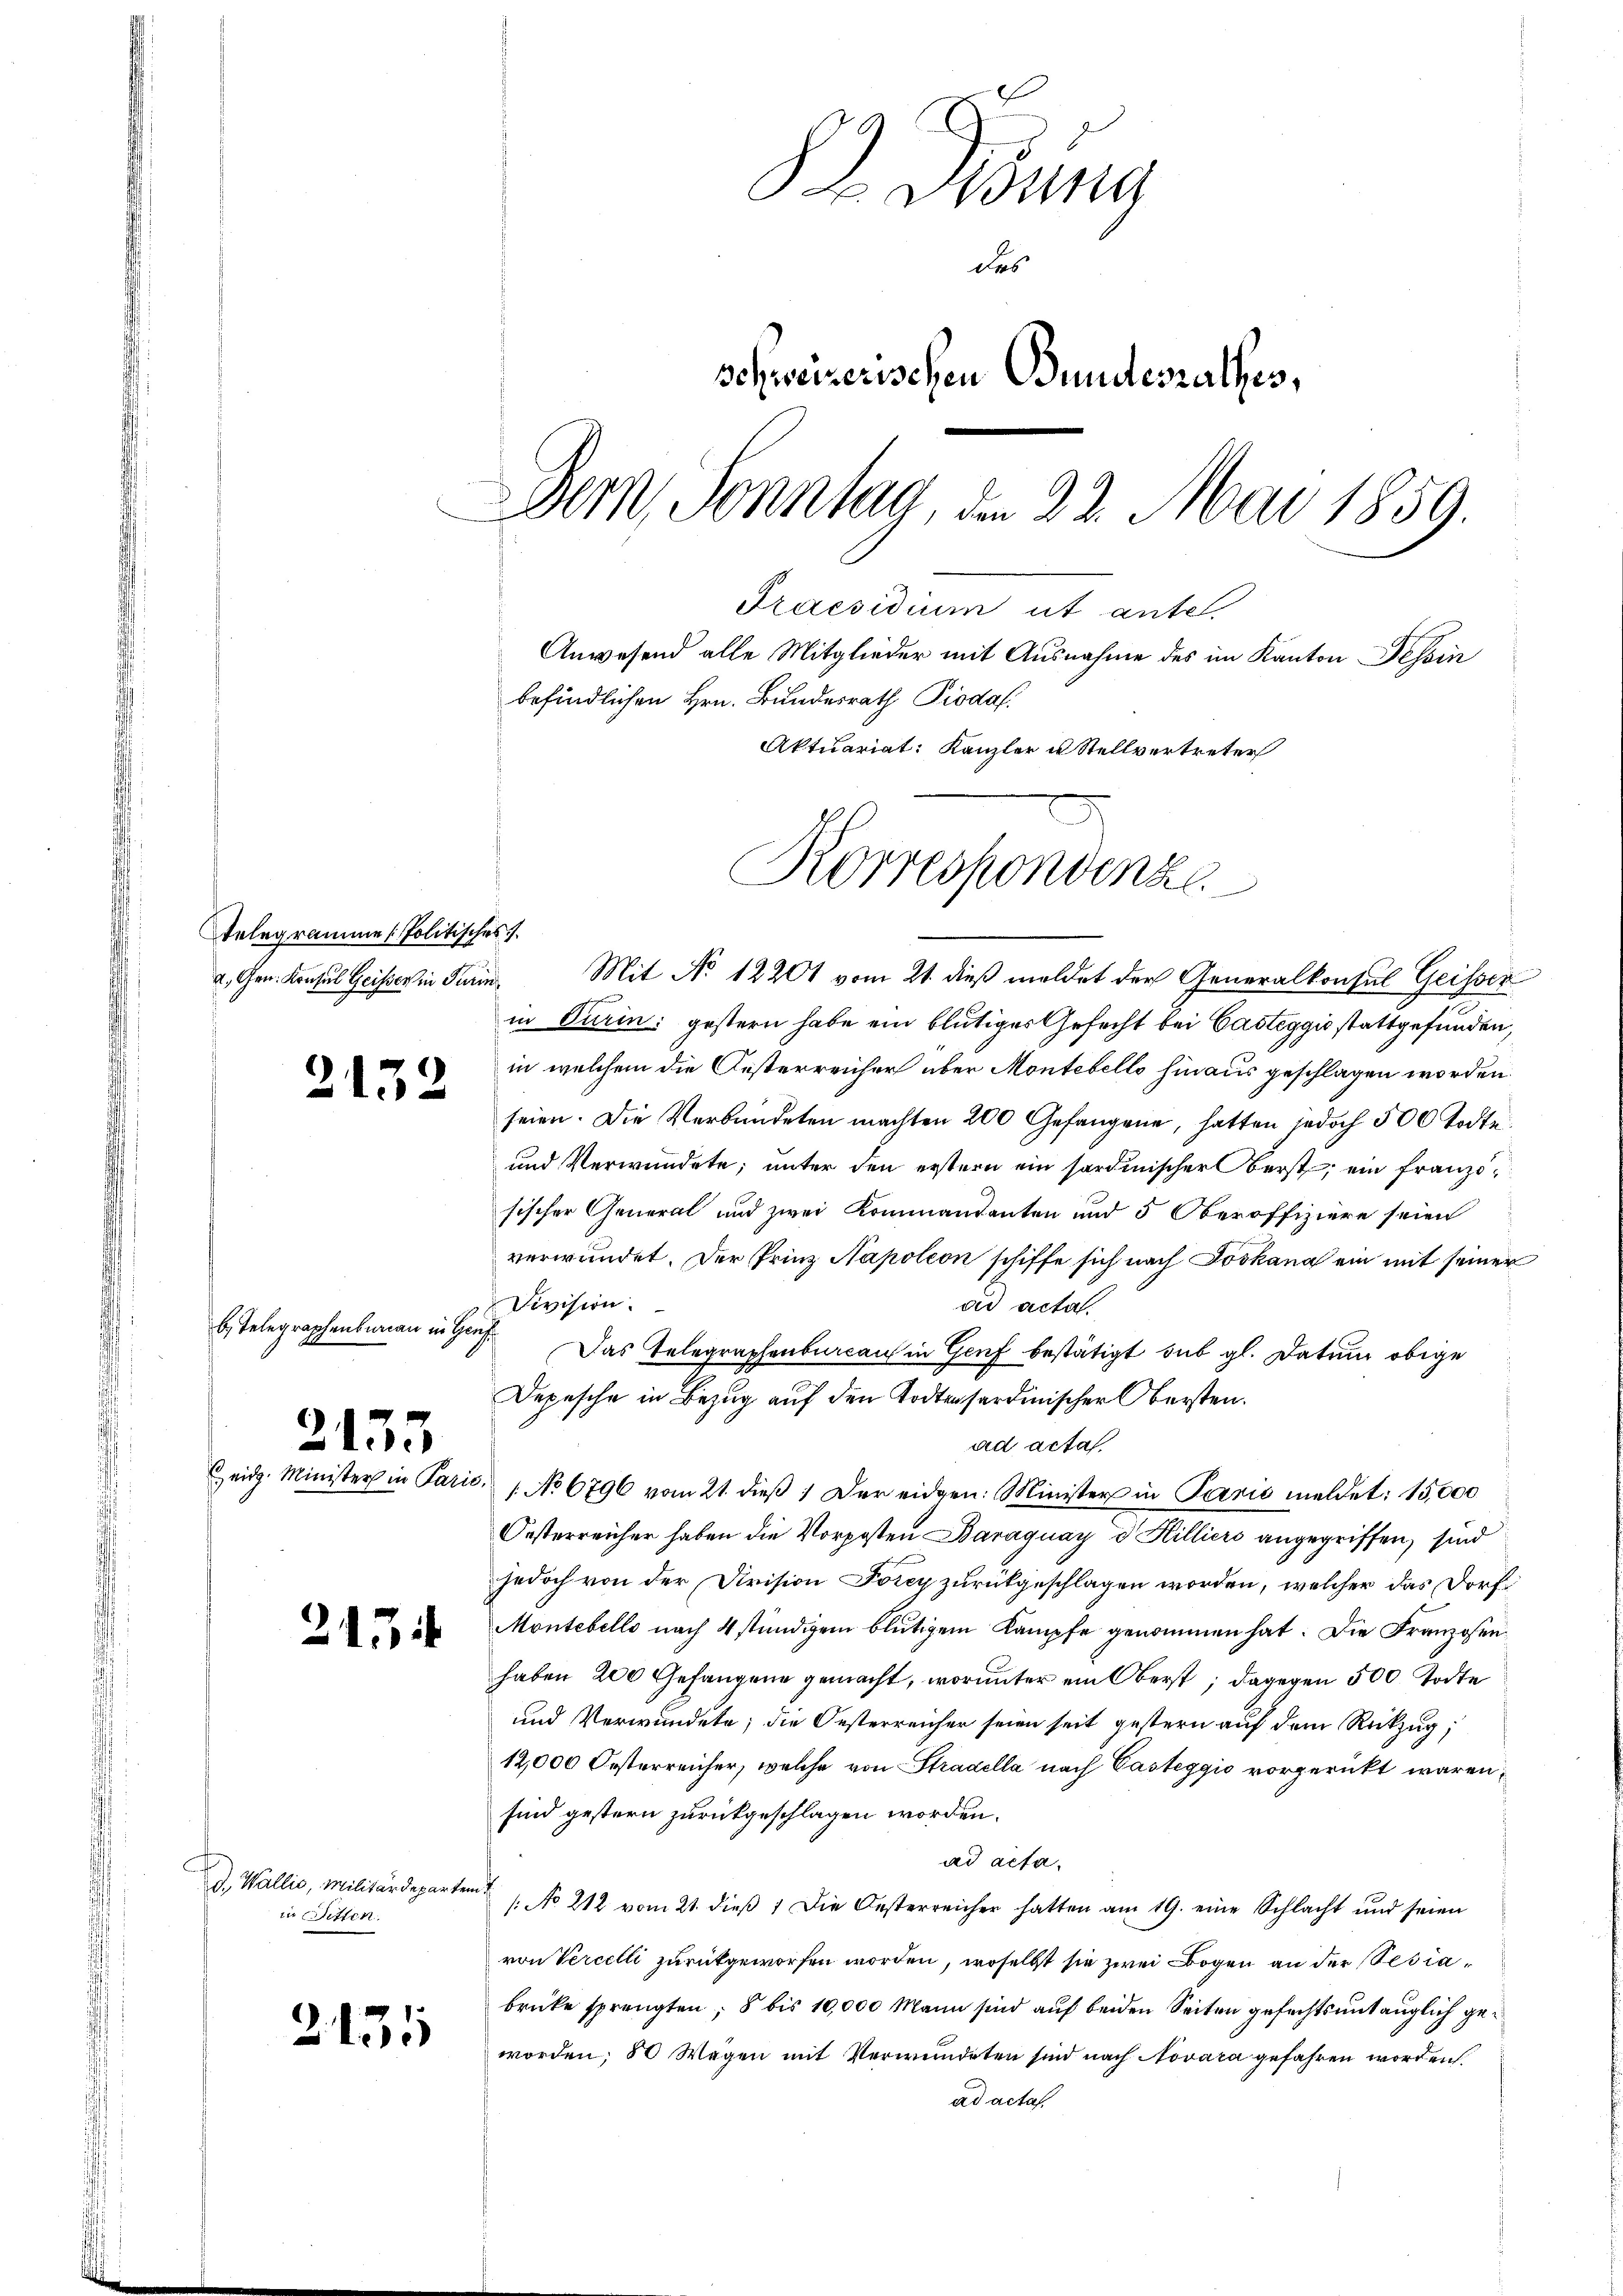
telegramme (Politisches

2132

b. Telegraphenbureau in Genf

2135

24

d., Wallis, Militärdeparten t
in Sitten.

2131

Ding
des
schweizerischen Bundesrathes,
Dern, Sonntag, den 22. Mai 1859.
Praesidium ut antel
Anwesend alle Mitglieder mit Ausnahme des im Kanton Tessin
befindlichen Hrn. Bundesrath Piodaf.
Aktuariat: Kanzler u Stellvertreter

Korrespondenze
a. Gen. Konsul Geister in Turin Mit No 12201 vom 21. dieß meldet der Generalkonsul Geisser

in Turin: gestern habe ein blutiges Gefecht bei Casteggić stattgefunden,
in welchem die Oesterreicher aber Montebello hinaus geschlagen worden.
seien. Die Verbündeten machten 200 Gefangene, hatten jedoch 500 Todte
und Verwundete, unter den erstern ein sardinischer Oberst, ein Franzosischer General und zwei Kommandanten und 5 Oberoffiziere seien
verwundet. Der Prinz Napoleon schiffe sich nach Joskana ein mit seiner
Division.
dd acta.
Das Telegraphenbureau in Genf bestätigt sub gl. Datum obige
Depesche in Bezug auf den Todtensardinischer Obersten.
ad acta
eidg. Minister in Paris. 1. No 6796 vom 21. dieβ : Der eidgen: Minister in Paris meldet: 15,000
Oesterreicher haben die Vorposten Baraguay d. Hilliers angegriffen, sind
jedoch von der Division Forey zurückgeschlagen worden, welcher das Dorf
Montebello nach 4 stündigen blutigem Kampfe genommen hat. Die Franzosen
haben 200 Gefangene gemacht, worunter ein Oberst; dagegen 500 Todte
und Verwundete; die Oesterreicher seien seit gestern auf dem Rückzug;
12,000 Oesterreicher, welche von Stradella nach Casteggio vorgerückt wären,
sind gestern zurückgeschlagen worden.
ad acta.
/: No 212 vom 21. dieβ 1 Die Oesterreicher hatten am 19. eine Schlacht und seien
von Vercelli zurückgeworfen worden, woselbst sie zwei Bogen an der Besiabrücke sprengten, 8 bis 10,000 Mann sind auf beiden Seiten gefechtsuntauglich geworden; 80 Wagen mit Verwundeten sind nach Novara gefahren worden.
ad acta.